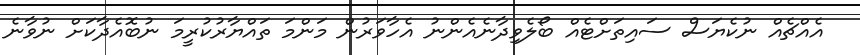
އެއްޗެއް ނުކެޔަސް ސައިތަށްޓެއް ބޯލެވިދާނެއެންނު އެހާވަރުން މަންމަ ތައްޔާރުކުރީމަ ނުބޮއެދާކަށް ނުވާނެ